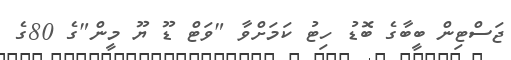
ޖަސްޓިން ބީބާގެ ބޮޑު ހިޓު ކަމަށްވާ "ވަޓް ޑޫ ޔޫ މީން"ގެ 80ގެ